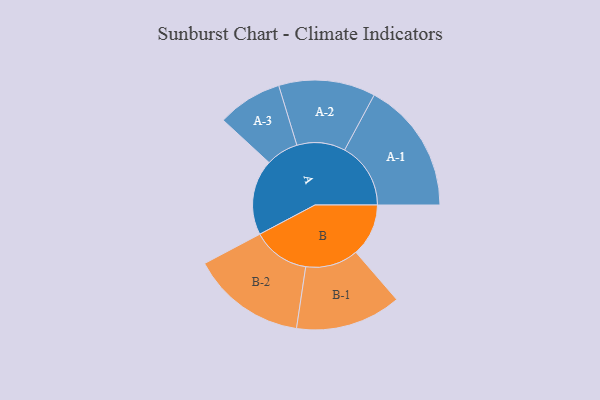
{"axis": {"x": "Segment", "y": "Value"}, "legend": ["", "A", "B"], "data": [{"x": "A", "y": 286, "type": ""}, {"x": "B", "y": 199, "type": ""}, {"x": "A-1", "y": 250, "type": "A"}, {"x": "A-2", "y": 183, "type": "A"}, {"x": "A-3", "y": 123, "type": "A"}, {"x": "B-1", "y": 200, "type": "B"}, {"x": "B-2", "y": 217, "type": "B"}]}